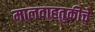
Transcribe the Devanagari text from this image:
मालवाहतुकीचे